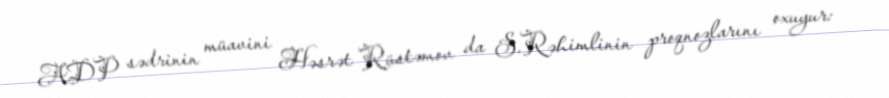
ADP sədrinin müavini Həsrət Rüstəmov da S.Rəhimlinin proqnozlarını oxuyur: